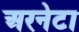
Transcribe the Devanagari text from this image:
अरनेटा